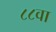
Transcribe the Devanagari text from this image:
८८वा